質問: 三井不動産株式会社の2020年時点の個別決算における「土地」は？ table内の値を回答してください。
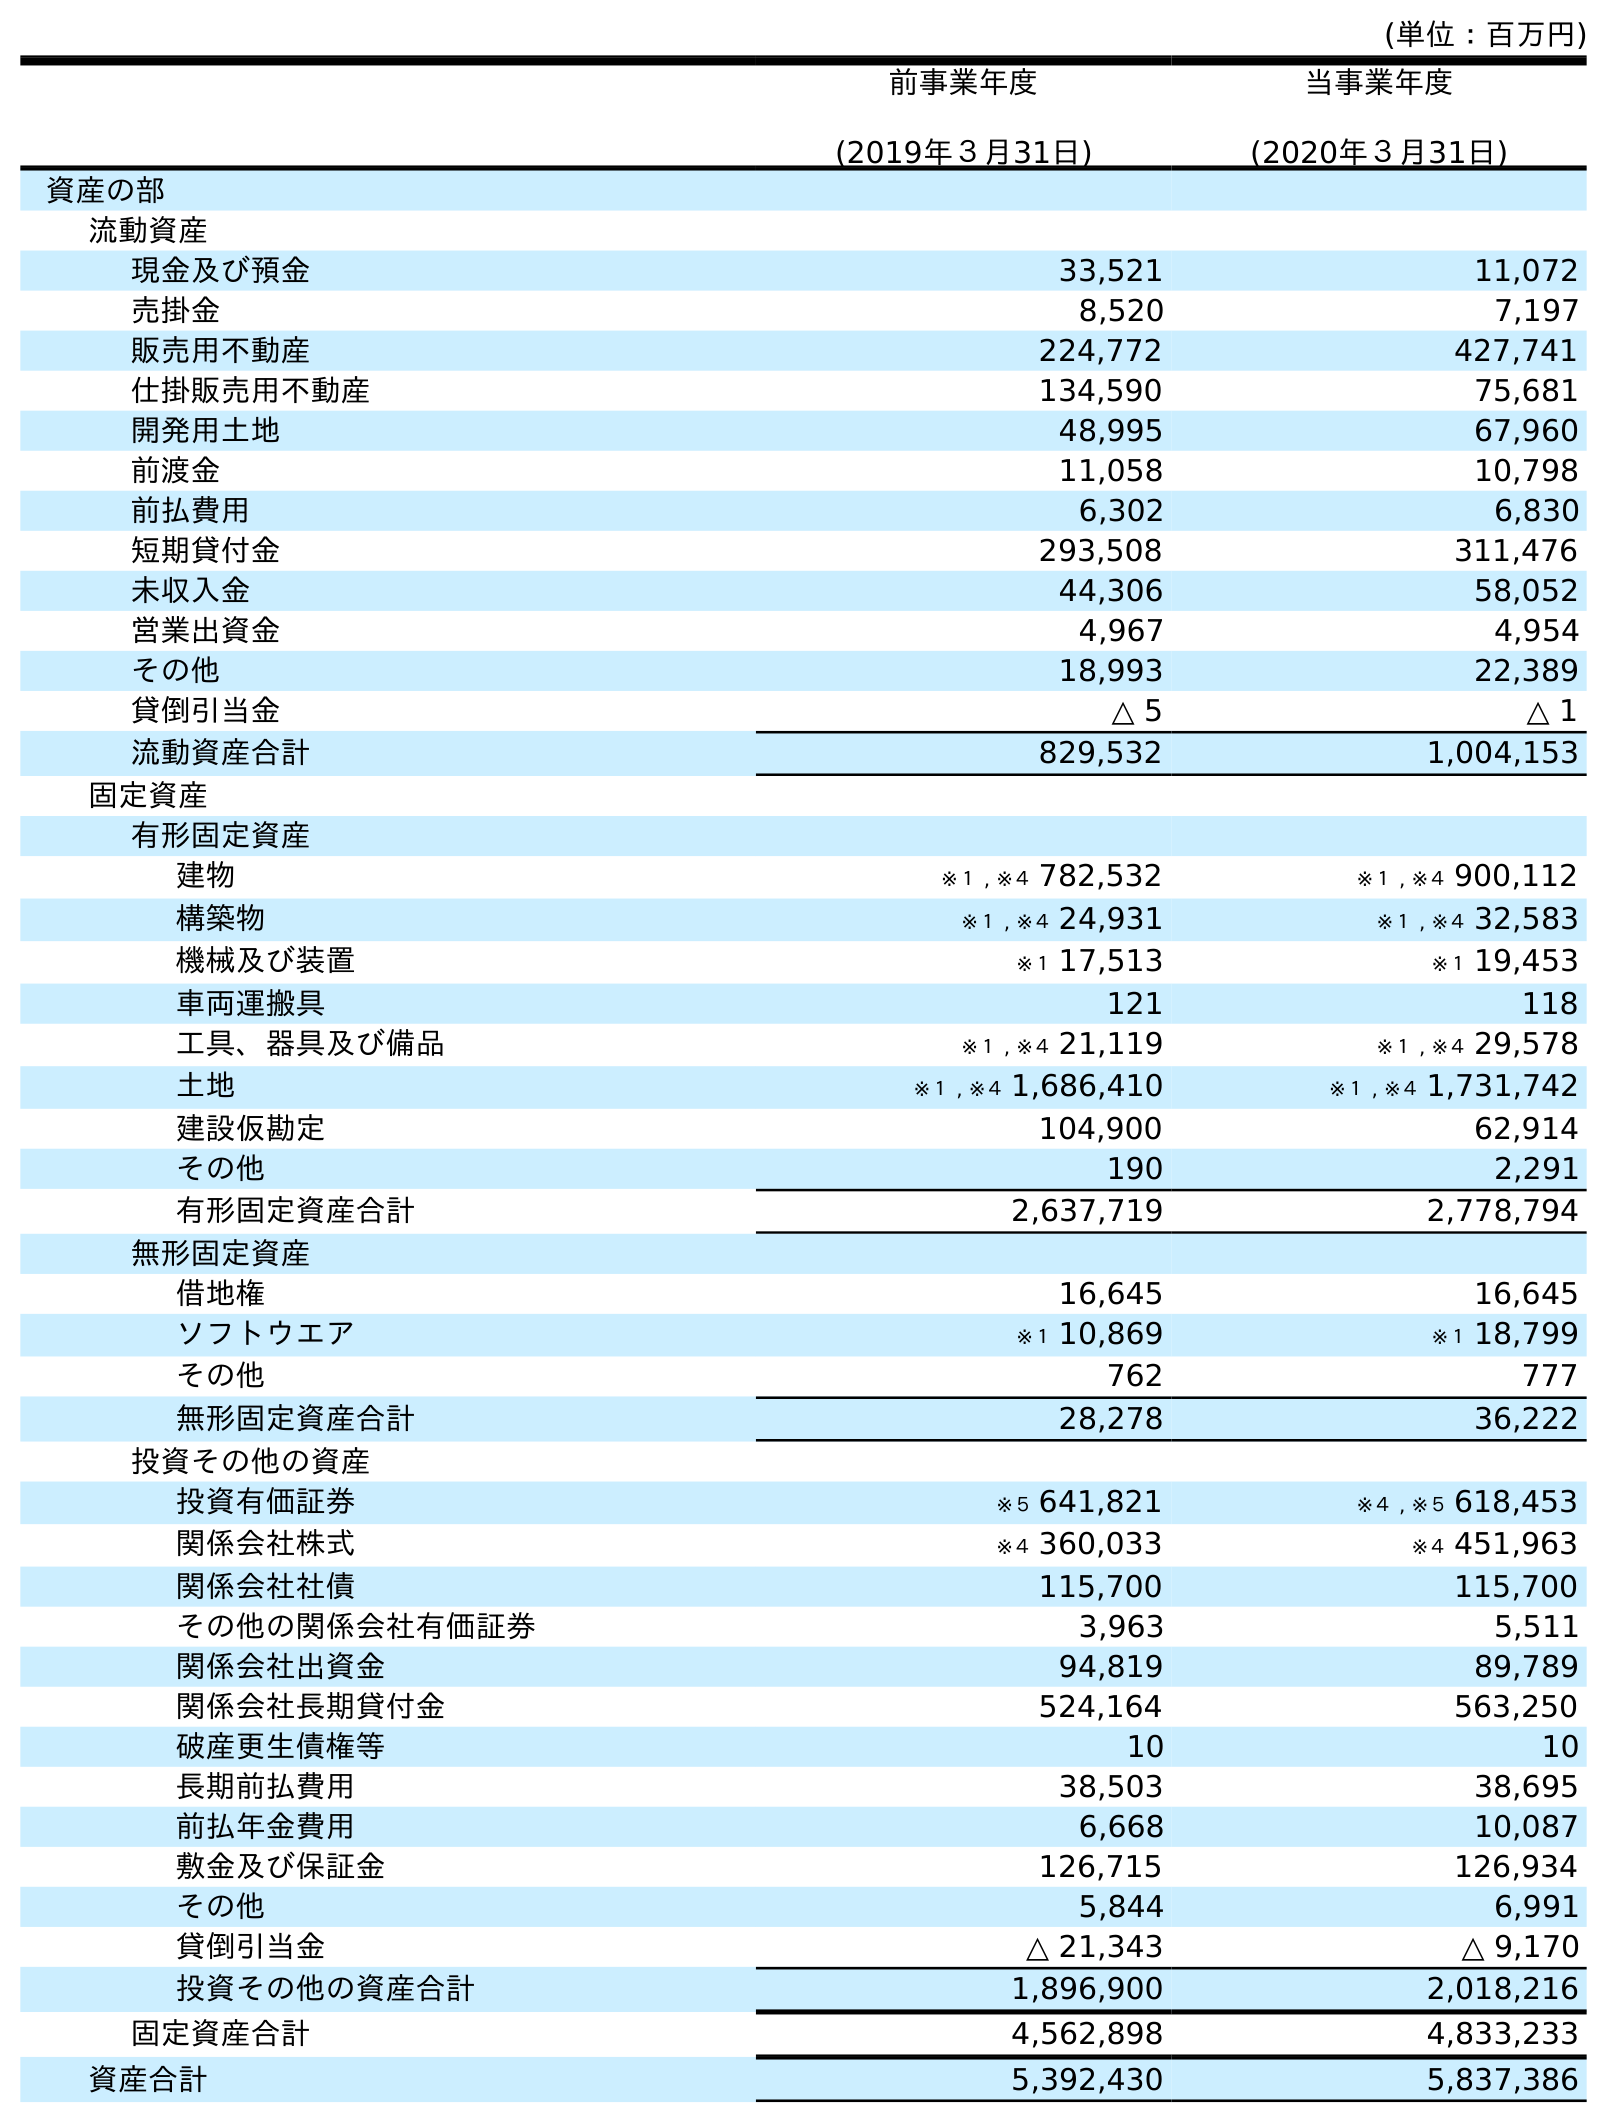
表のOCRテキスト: (単位：百万円) 前事業年度 (2019年３月31日) 当事業年度 (2020年３月31日) 資産の部 流動資産 現金及び預金 33,521 11,072 売掛金 8,520 7,197 販売用不動産 224,772 427,741 仕掛販売用不動産 134,590 75,681 開発用土地 48,995 67,960 前渡金 11,058 10,798 前払費用 6,302 6,830 短期貸付金 293,508 311,476 未収入金 44,306 58,052 営業出資金 4,967 4,954 その他 18,993 22,389 貸倒引当金 △ 5 △ 1 流動資産合計 829,532 1,004,153 固定資産 有形固定資産 建物 ※１ , ※４ 782,532 ※１ , ※４ 900,112 構築物 ※１ , ※４ 24,931 ※１ , ※４ 32,583 機械及び装置 ※１ 17,513 ※１ 19,453 車両運搬具 121 118 工具、器具及び備品 ※１ , ※４ 21,119 ※１ , ※４ 29,578 土地 ※１ , ※４ 1,686,410 ※１ , ※４ 1,731,742 建設仮勘定 104,900 62,914 その他 190 2,291 有形固定資産合計 2,637,719 2,778,794 無形固定資産 借地権 16,645 16,645 ソフトウエア ※１ 10,869 ※１ 18,799 その他 762 777 無形固定資産合計 28,278 36,222 投資その他の資産 投資有価証券 ※５ 641,821 ※４ , ※５ 618,453 関係会社株式 ※４ 360,033 ※４ 451,963 関係会社社債 115,700 115,700 その他の関係会社有価証券 3,963 5,511 関係会社出資金 94,819 89,789 関係会社長期貸付金 524,164 563,250 破産更生債権等 10 10 長期前払費用 38,503 38,695 前払年金費用 6,668 10,087 敷金及び保証金 126,715 126,934 その他 5,844 6,991 貸倒引当金 △ 21,343 △ 9,170 投資その他の資産合計 1,896,900 2,018,216 固定資産合計 4,562,898 4,833,233 資産合計 5,392,430 5,837,386
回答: ※１,※４1,731,742